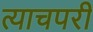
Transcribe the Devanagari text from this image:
त्याचपरी